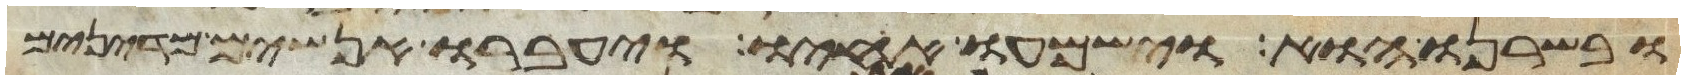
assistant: ובשרנו הוא וישמעו אחיו ויעברו אנשים מדינים